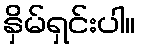
နှိမ်ရှင်းပါ။